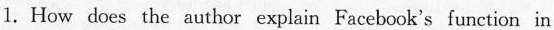
l.How does the author explain Facebcok's function in